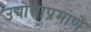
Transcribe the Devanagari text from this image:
उद्योगाप्रमाणें